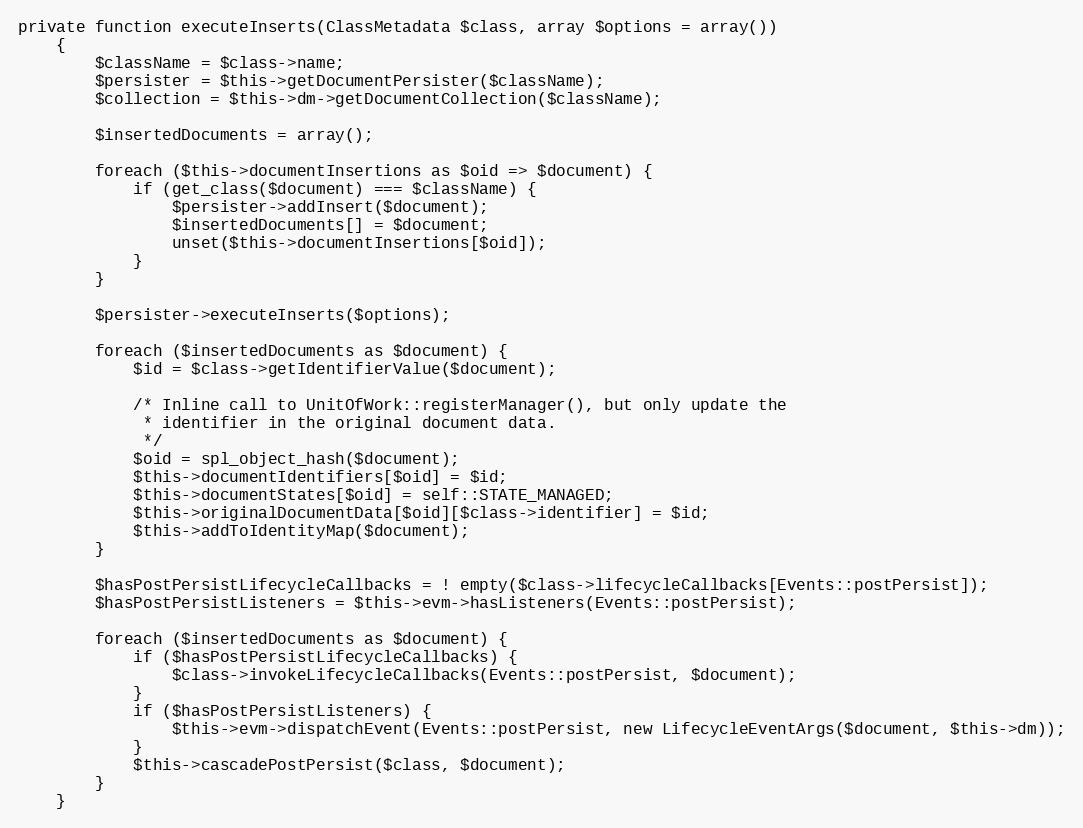
Language: PHP
private function executeInserts(ClassMetadata $class, array $options = array())
    {
        $className = $class->name;
        $persister = $this->getDocumentPersister($className);
        $collection = $this->dm->getDocumentCollection($className);

        $insertedDocuments = array();

        foreach ($this->documentInsertions as $oid => $document) {
            if (get_class($document) === $className) {
                $persister->addInsert($document);
                $insertedDocuments[] = $document;
                unset($this->documentInsertions[$oid]);
            }
        }

        $persister->executeInserts($options);

        foreach ($insertedDocuments as $document) {
            $id = $class->getIdentifierValue($document);

            /* Inline call to UnitOfWork::registerManager(), but only update the
             * identifier in the original document data.
             */
            $oid = spl_object_hash($document);
            $this->documentIdentifiers[$oid] = $id;
            $this->documentStates[$oid] = self::STATE_MANAGED;
            $this->originalDocumentData[$oid][$class->identifier] = $id;
            $this->addToIdentityMap($document);
        }

        $hasPostPersistLifecycleCallbacks = ! empty($class->lifecycleCallbacks[Events::postPersist]);
        $hasPostPersistListeners = $this->evm->hasListeners(Events::postPersist);

        foreach ($insertedDocuments as $document) {
            if ($hasPostPersistLifecycleCallbacks) {
                $class->invokeLifecycleCallbacks(Events::postPersist, $document);
            }
            if ($hasPostPersistListeners) {
                $this->evm->dispatchEvent(Events::postPersist, new LifecycleEventArgs($document, $this->dm));
            }
            $this->cascadePostPersist($class, $document);
        }
    }